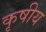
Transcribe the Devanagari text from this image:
कृषीय